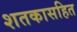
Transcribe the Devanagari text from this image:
शतकासहित